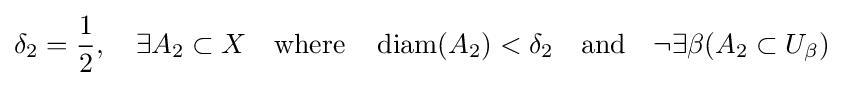
\delta _{2}={\frac {1}{2}},\quad \exists A_{2}\subset X\quad {\text{where}}\quad \operatorname {diam} (A_{2})<\delta _{2}\quad {\text{and}}\quad \neg \exists \beta (A_{2}\subset U_{\beta })